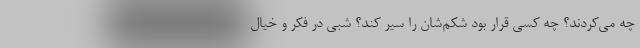
چه مي‌كردند؟ چه كسي قرار بود شكم‌شان را سير كند؟ شبي در فكر و خيال